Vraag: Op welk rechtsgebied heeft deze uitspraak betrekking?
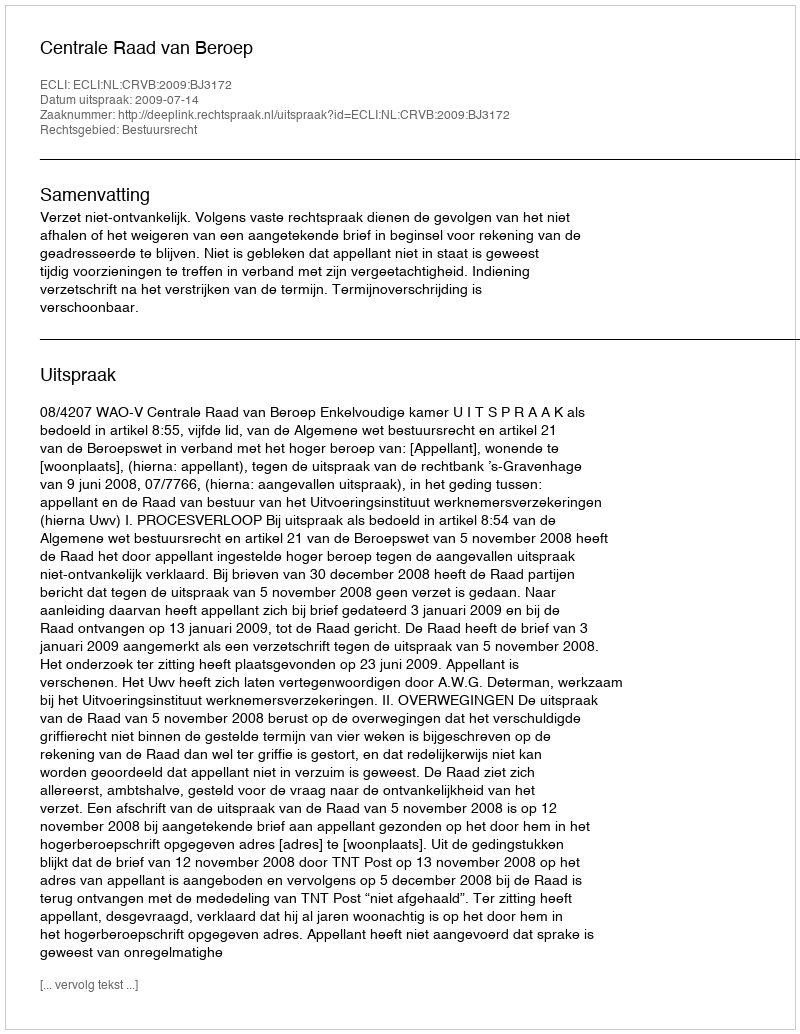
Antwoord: Bestuursrecht